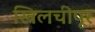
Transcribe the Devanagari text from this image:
खिलचीपूर